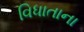
વિધાતાના